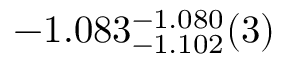
- 1 . 0 8 3 _ { - 1 . 1 0 2 } ^ { - 1 . 0 8 0 } ( 3 )